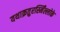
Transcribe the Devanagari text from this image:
यथाक्रतुरस्मिँल्लोके